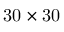
\mathrm { 3 0 \times 3 0 }